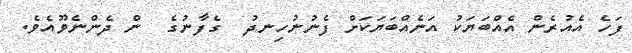
ފަހެ އެއުރެން އެއްބަޔަކު އަނެއްބަޔަކަށް ފެނުނުހިނދު  ގެފާނުގެ  ން ދެންނެވޫއެވެ.